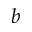
b